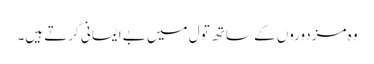
وہ مزدوروں کے ساتھ تول میں بے ایمانی کرتے ہیں۔